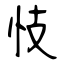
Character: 忮